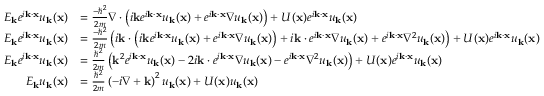
{ \begin{array} { r l } { E _ { \mathbf { k } } e ^ { i \mathbf { k } \cdot \mathbf { x } } u _ { \mathbf { k } } ( \mathbf { x } ) } & { = { \frac { - \hbar ^ { 2 } } { 2 m } } \nabla \cdot \left( i \mathbf { k } e ^ { i \mathbf { k } \cdot \mathbf { x } } u _ { \mathbf { k } } ( \mathbf { x } ) + e ^ { i \mathbf { k } \cdot \mathbf { x } } \nabla u _ { \mathbf { k } } ( \mathbf { x } ) \right) + U ( \mathbf { x } ) e ^ { i \mathbf { k } \cdot \mathbf { x } } u _ { \mathbf { k } } ( \mathbf { x } ) } \\ { E _ { \mathbf { k } } e ^ { i \mathbf { k } \cdot \mathbf { x } } u _ { \mathbf { k } } ( \mathbf { x } ) } & { = { \frac { - \hbar ^ { 2 } } { 2 m } } \left( i \mathbf { k } \cdot \left( i \mathbf { k } e ^ { i \mathbf { k } \cdot \mathbf { x } } u _ { \mathbf { k } } ( \mathbf { x } ) + e ^ { i \mathbf { k } \cdot \mathbf { x } } \nabla u _ { \mathbf { k } } ( \mathbf { x } ) \right) + i \mathbf { k } \cdot e ^ { i \mathbf { k } \cdot \mathbf { x } } \nabla u _ { \mathbf { k } } ( \mathbf { x } ) + e ^ { i \mathbf { k } \cdot \mathbf { x } } \nabla ^ { 2 } u _ { \mathbf { k } } ( \mathbf { x } ) \right) + U ( \mathbf { x } ) e ^ { i \mathbf { k } \cdot \mathbf { x } } u _ { \mathbf { k } } ( \mathbf { x } ) } \\ { E _ { \mathbf { k } } e ^ { i \mathbf { k } \cdot \mathbf { x } } u _ { \mathbf { k } } ( \mathbf { x } ) } & { = { \frac { \hbar ^ { 2 } } { 2 m } } \left( \mathbf { k } ^ { 2 } e ^ { i \mathbf { k } \cdot \mathbf { x } } u _ { \mathbf { k } } ( \mathbf { x } ) - 2 i \mathbf { k } \cdot e ^ { i \mathbf { k } \cdot \mathbf { x } } \nabla u _ { \mathbf { k } } ( \mathbf { x } ) - e ^ { i \mathbf { k } \cdot \mathbf { x } } \nabla ^ { 2 } u _ { \mathbf { k } } ( \mathbf { x } ) \right) + U ( \mathbf { x } ) e ^ { i \mathbf { k } \cdot \mathbf { x } } u _ { \mathbf { k } } ( \mathbf { x } ) } \\ { E _ { \mathbf { k } } u _ { \mathbf { k } } ( \mathbf { x } ) } & { = { \frac { \hbar ^ { 2 } } { 2 m } } \left( - i \nabla + \mathbf { k } \right) ^ { 2 } u _ { \mathbf { k } } ( \mathbf { x } ) + U ( \mathbf { x } ) u _ { \mathbf { k } } ( \mathbf { x } ) } \end{array} }